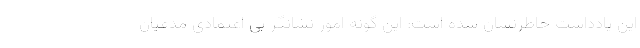
این یادداشت خاطرنشان شده است: این گونه امور نشانگر بی اعتمادی مدعیان